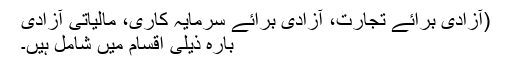
(آزادی برائے تجارت، آزادی برائے سرمایہ کاری، مالیاتی آزادی
بارہ ذیلی اقسام میں شامل ہیں۔